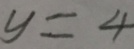
y = 4